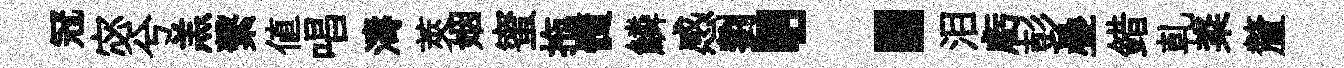
冠宓兮羔繫值唱濤莢姻蜜拖髓鱗感劉：泪虧彭疊錯乹粢釐